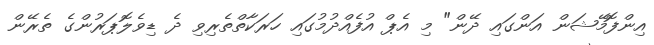
އިންފޮމޭޝަން އަންގައި ދޭން" މި އެޕް އުފެއްދުމުގައި ހަރަކާތްތެރިވި ދެ ޑިވެލޮޕަރުންގެ ތެރޭން